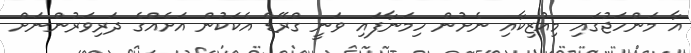
އާ މަންހަޖުގައި މިއުޒިކާއި ނެށުން ހިމަނާފައި ވަނީ ގްރޭޑް އެކަކުން އަށެއްގެ ދަރިވަރުންނަށް